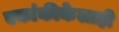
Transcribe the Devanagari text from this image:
एकांकीकेलाही